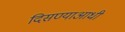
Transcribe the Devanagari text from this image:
दिसण्याआधी